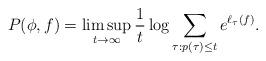
LaTeX: \begin{align*}P(\phi,f)=\limsup_{t\to\infty}\frac1t\log\sum_{\tau:p(\tau)\leq t}e^{\ell_\tau(f)}.\end{align*}